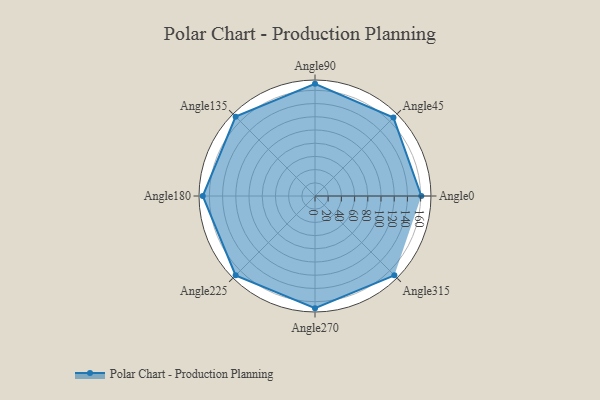
{"axis": {"x": "Angle", "y": "Radius"}, "legend": [""], "data": [{"x": "Angle0", "y": 161.0, "type": ""}, {"x": "Angle45", "y": 168.0, "type": ""}, {"x": "Angle90", "y": 170, "type": ""}, {"x": "Angle135", "y": 170, "type": ""}, {"x": "Angle180", "y": 170, "type": ""}, {"x": "Angle225", "y": 170, "type": ""}, {"x": "Angle270", "y": 170, "type": ""}, {"x": "Angle315", "y": 170, "type": ""}]}